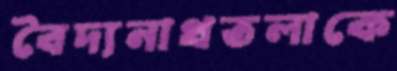
বৈদ্যনাথতলাকে